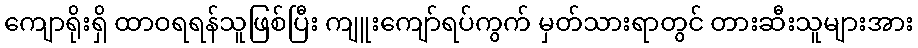
ကျောရိုးရှိ ထာဝရရန်သူဖြစ်ပြီး ကျူးကျော်ရပ်ကွက် မှတ်သားရာတွင် တားဆီးသူများအား